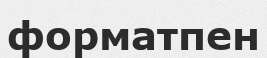
форматпен